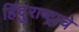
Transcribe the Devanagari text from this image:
हिंदुराष्ट्राचे